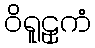
ဝိရူဠှကံ